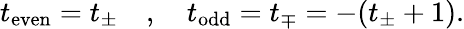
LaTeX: t_{\mathrm{even}}=t_{\pm}\quad,\quad t_{\mathrm{odd}}=t_{\mp}=-(t_{\pm}+1).